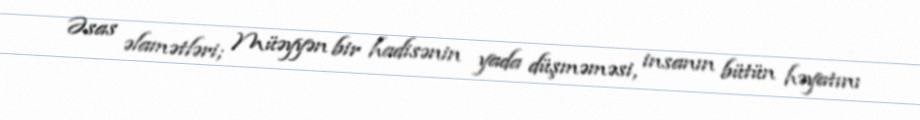
Əsas əlamətləri; Müəyyən bir hadisənin yada düşməməsi, insanın bütün həyatını